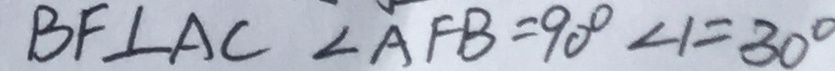
B F \bot A C \angle A F B = 9 0 ^ { \circ } \angle 1 = 3 0 ^ { \circ }